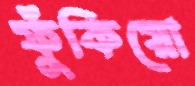
ফুঁকিয়ো